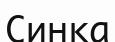
Синка